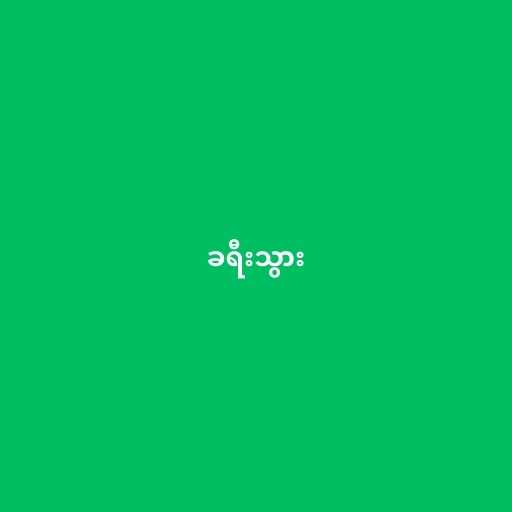
ခရီးသွား